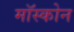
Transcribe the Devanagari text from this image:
मॉस्कोन